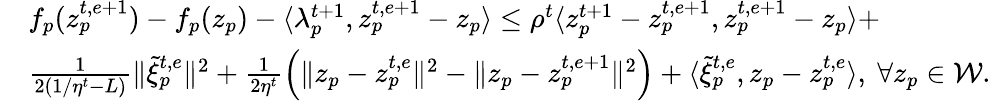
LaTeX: \begin{array}{rl}&{f_{p}(z_{p}^{t,e+1})-f_{p}(z_{p})-\langle\lambda_{p}^{t+1},z_{p}^{t,e+1}-z_{p}\rangle\leq\rho^{t}\langle z_{p}^{t+1}-z_{p}^{t,e+1},z_{p}^{t,e+1}-z_{p}\rangle+}\\ &{\frac{1}{2(1/\eta^{t}-L)}\| \tilde{\xi}_{p}^{t,e}\| ^{2}+\frac{1}{2\eta^{t}}\Big(\| z_{p}-z_{p}^{t,e}\| ^{2}-\| z_{p}-z_{p}^{t,e+1}\| ^{2}\Big)+\langle\tilde{\xi}_{p}^{t,e},z_{p}-z_{p}^{t,e}\rangle,\ \forall z_{p}\in\mathcal{W}.}\end{array}